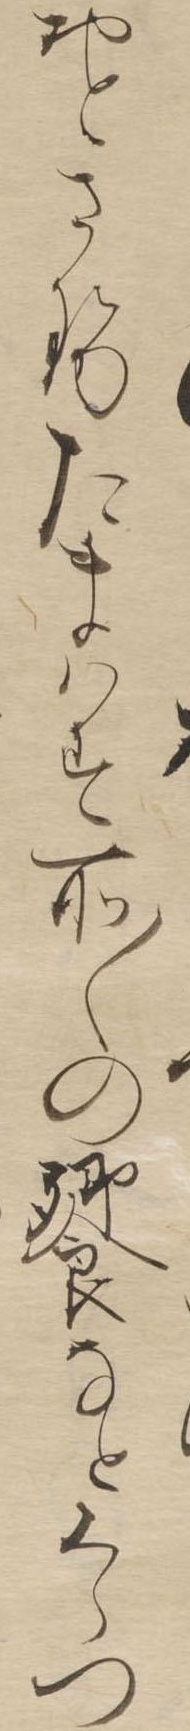
おとらせたまはす所〱の饗なとくらつ